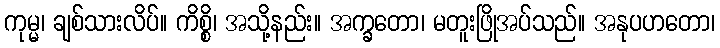
ကုမ္မ၊ ချစ်သားလိပ်။ ကိစ္စိ၊ အသို့နည်း။ အက္ခတော၊ မတူးဖြိုအပ်သည်။ အနုပဟတော၊